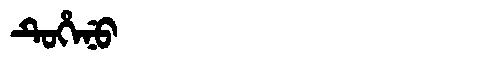
Manchu: ᡨᡠᡥᡝᠨᡠ
Romanization: TUHENU